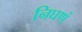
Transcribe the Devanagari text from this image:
निघणं